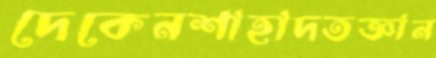
দেকেনশাহাদতজ্ঞান